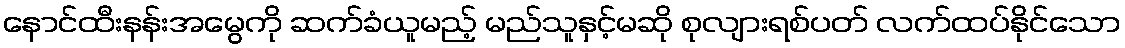
နောင်ထီးနန်းအမွေကို ဆက်ခံယူမည့် မည်သူနှင့်မဆို စုလျားရစ်ပတ် လက်ထပ်နိုင်သော